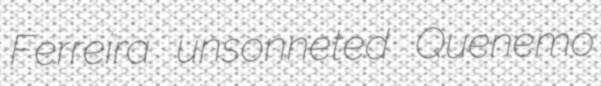
Ferreira unsonneted Quenemo